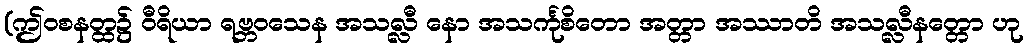
(ဤဝစနတ္ထ၌ ဝီရိယာ ရဗ္ဘဝသေန အသလ္လီ နော အသင်္ကုစိတော အတ္တာ အဿာတိ အသလ္လီနတ္တော ဟု